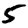
Digit: 5